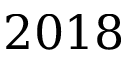
2 0 1 8